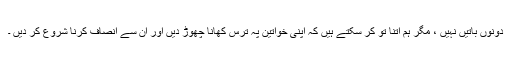
دونوں باتیں نہیں ، مگر ہم اتنا تو کر سکتے ہیں کہ اپنی خواتین پہ ترس کھانا چھوڑ دیں اور ان سے انصاف کرنا شروع کر دیں ۔